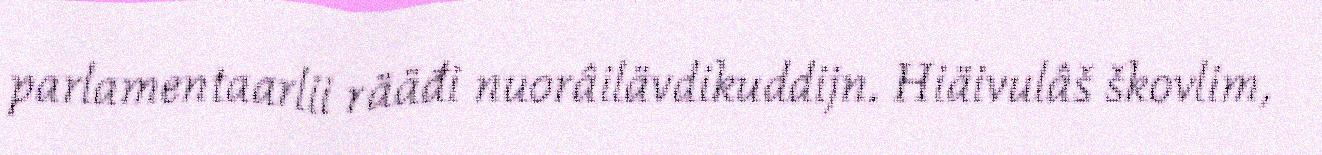
parlamentaarlii rääđi nuorâilävdikuddijn. Hiäivulâš škovlim,